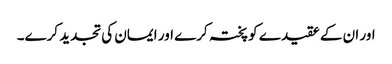
اور ان کے عقیدے کو پختہ کرے اور ایمان کی تجدید کرے۔